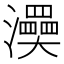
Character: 㶔